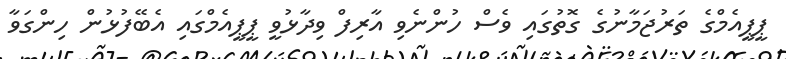
ޕީޕީއެމްގެ ތަރުޖަމާނުގެ ގޮތުގައި ވެސް ހުންނެވި އާރިފް ވިދާޅުވީ ޕީޕީއެމްގައި އެބޭފުޅުން ހިންގަވާ